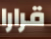
قرارا